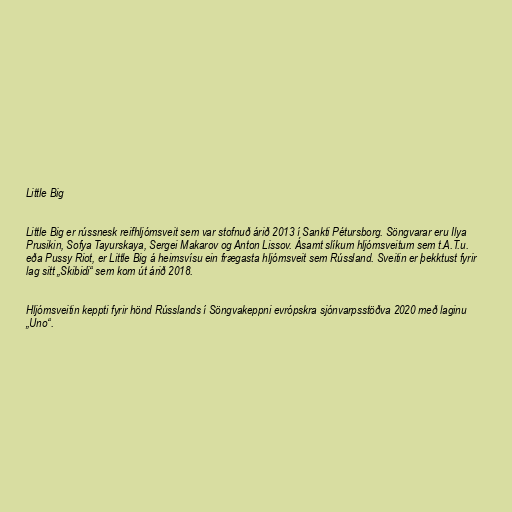
Little Big

Little Big er rússnesk reifhljómsveit sem var stofnuð árið 2013 í Sankti Pétursborg. Söngvarar eru Ilya
Prusikin, Sofya Tayurskaya, Sergei Makarov og Anton Lissov. Ásamt slíkum hljómsveitum sem t.A.T.u.
eða Pussy Riot, er Little Big á heimsvísu ein frægasta hljómsveit sem Rússland. Sveitin er þekktust fyrir
lag sitt „Skibidi“ sem kom út árið 2018.

Hljómsveitin keppti fyrir hönd Rússlands í Söngvakeppni evrópskra sjónvarpsstöðva 2020 með laginu
„Uno“.